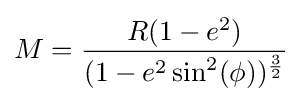
M={\frac {R(1-e^{2})}{(1-e^{2}\sin ^{2}(\phi ))^{\frac {3}{2}}}}